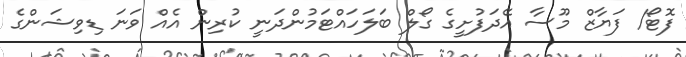
ފޮޓޯ/ ފަޔާޒް މޫސާ އޭދަފުށީގެ ގޯލް ބަލަހައްޓަމުންދަނީ ކުރިން އެއް ވަނަ ޑިވިޝަންގެ